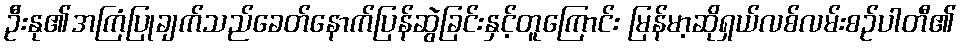
ဦးနု၏အကြံပြုချက်သည်ခေတ်နောက်ပြန်ဆွဲခြင်းနှင့်တူကြောင်း မြန်မာ့ဆိုရှယ်လစ်လမ်းစဉ်ပါတီ၏